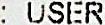
: USER